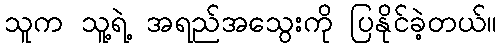
သူက သူ့ရဲ့ အရည်အသွေးကို ပြနိုင်ခဲ့တယ်။